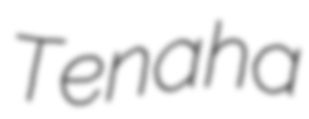
Tenaha